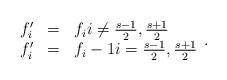
LaTeX: \begin{align*} \begin{array}{rcl} f_i' & = & f_i i\ne \frac{s-1}{2}, \frac{s+1}{2} \\ f_i' & = & f_i-1 i=\frac{s-1}{2}, \frac{s+1}{2} \end{array}. \end{align*}